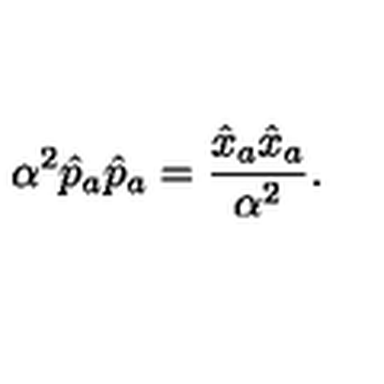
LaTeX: \alpha ^ { 2 } \hat { p } _ { a } \hat { p } _ { a } = \frac { \hat { x } _ { a } \hat { x } _ { a } } { \alpha ^ { 2 } } .